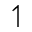
\upharpoonleft